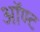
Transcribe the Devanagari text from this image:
ऑण्ट